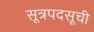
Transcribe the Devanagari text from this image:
सूत्रपदसूची